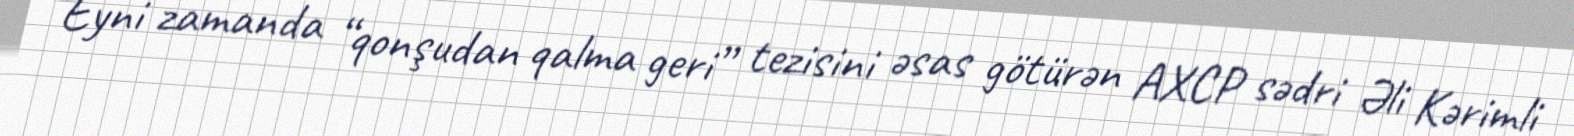
Eyni zamanda “qonşudan qalma geri” tezisini əsas götürən AXCP sədri Əli Kərimli